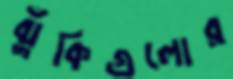
ঝুঁকিগুলোর